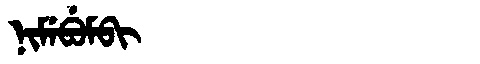
Manchu: ᠨᡳᠮᡝᠪᡠᠮᠪᡳ
Romanization: NIMEBUMBI